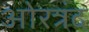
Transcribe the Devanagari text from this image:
ओरत्रंद